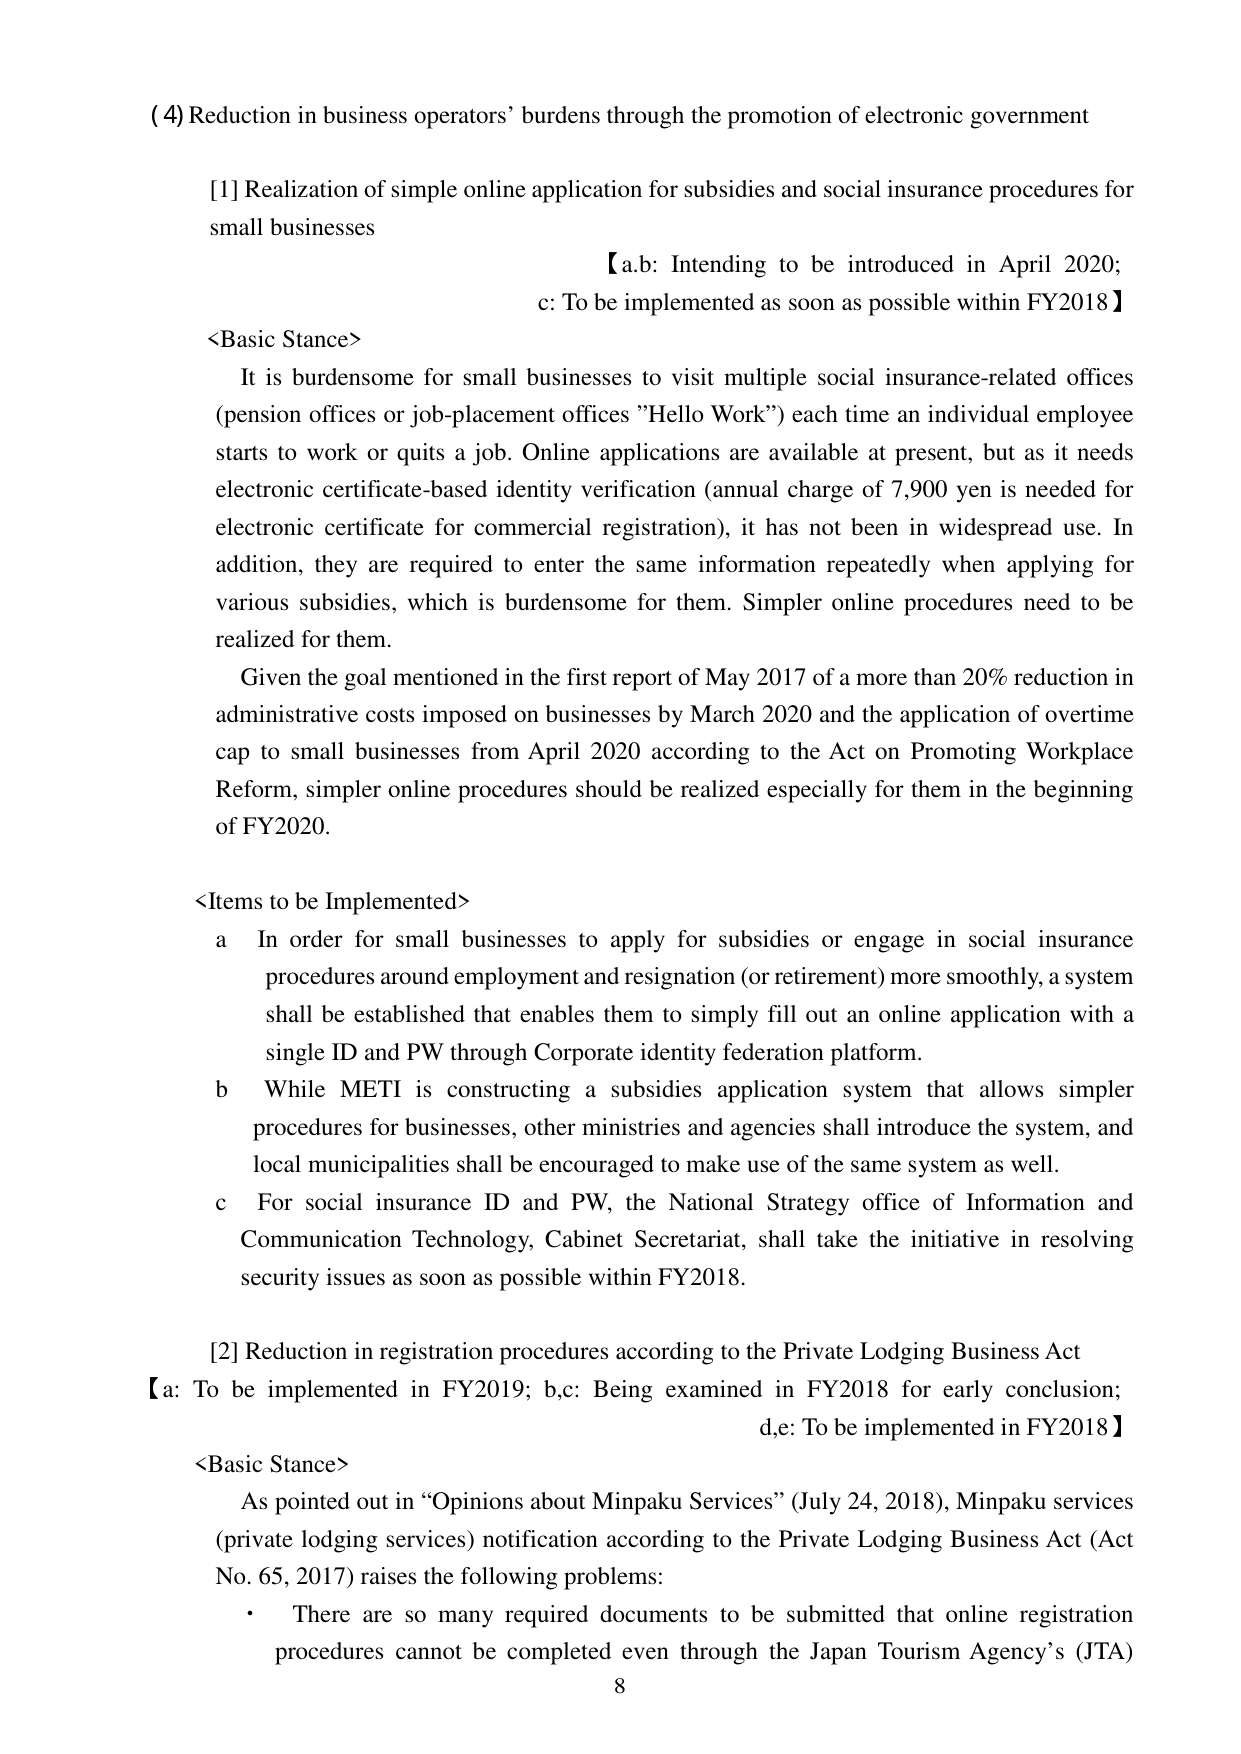
(4) Reduction in business operators’ burdens through the promotion of electronic government

[1] Realization of simple online application for subsidies and social insurance procedures for small businesses

【a,b: Intending to be introduced in April 2020; c: To be implemented as soon as possible within FY2018】

<Basic Stance>
It is burdensome for small businesses to visit multiple social insurance-related offices (pension offices or job-placement offices "Hello Work") each time an individual employee starts to work or quits a job. Online applications are available at present, but as it needs electronic certificate-based identity verification (annual charge of 7,900 yen is needed for electronic certificate for commercial registration), it has not been in widespread use. In addition, they are required to enter the same information repeatedly when applying for various subsidies, which is burdensome for them. Simpler online procedures need to be realized for them.
Given the goal mentioned in the first report of May 2017 of a more than 20% reduction in administrative costs imposed on businesses by March 2020 and the application of overtime cap to small businesses from April 2020 according to the Act on Promoting Workplace Reform, simpler online procedures should be realized especially for them in the beginning of FY2020.

<Items to be Implemented>
a In order for small businesses to apply for subsidies or engage in social insurance procedures around employment and resignation (or retirement) more smoothly, a system shall be established that enables them to simply fill out an online application with a single ID and PW through Corporate identity federation platform.
b While METI is constructing a subsidies application system that allows simpler procedures for businesses, other ministries and agencies shall introduce the system, and local municipalities shall be encouraged to make use of the same system as well.
c For social insurance ID and PW, the National Strategy office of Information and Communication Technology, Cabinet Secretariat, shall take the initiative in resolving security issues as soon as possible within FY2018.

[2] Reduction in registration procedures according to the Private Lodging Business Act
【a: To be implemented in FY2019; b,c: Being examined in FY2018 for early conclusion; d,e: To be implemented in FY2018】

<Basic Stance>
As pointed out in “Opinions about Minpaku Services” (July 24, 2018), Minpaku services (private lodging services) notification according to the Private Lodging Business Act (Act No. 65, 2017) raises the following problems:
• There are so many required documents to be submitted that online registration procedures cannot be completed even through the Japan Tourism Agency’s (JTA)

8